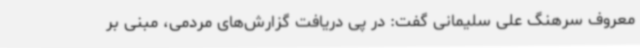
معروف سرهنگ علی سلیمانی گفت: در پی دریافت گزارش‌های مردمی، مبنی بر